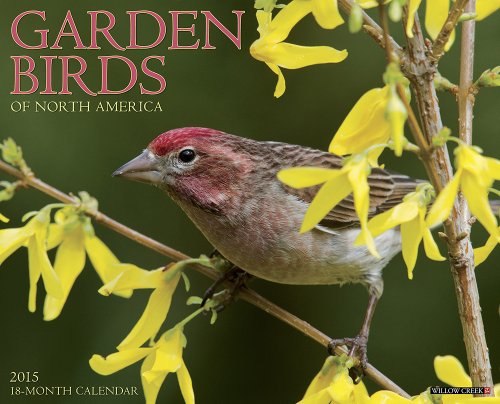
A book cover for Garden Birds 2015 Wall Calendar; Willow Creek Press; Calendars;